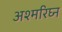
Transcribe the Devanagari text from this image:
अश्मरिघ्न